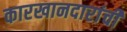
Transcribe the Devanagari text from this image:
कारखानदारांची